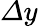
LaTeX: \varDelta y